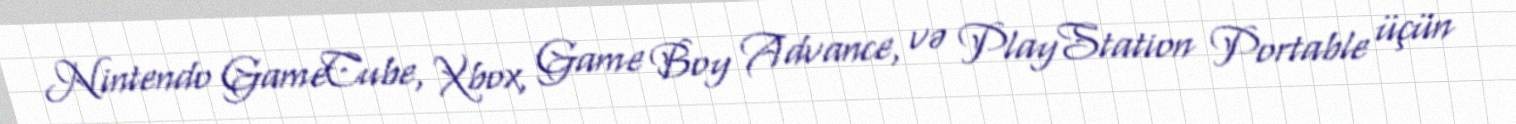
Nintendo GameCube, Xbox, Game Boy Advance, və PlayStation Portable üçün